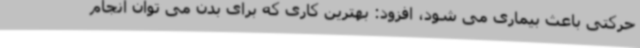
حرکتی باعث بیماری می شود، افزود: بهترین کاری که برای بدن می توان انجام